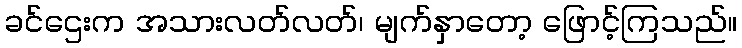
ခင်ဌေးက အသားလတ်လတ်၊ မျက်နှာတော့ ဖြောင့်ကြသည်။